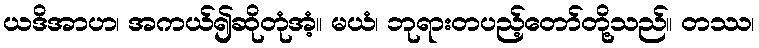
ယဒိအာဟ၊ အကယ်၍ဆိုတုံအံ့။ မယံ၊ ဘုရားတပည့်တော်တို့သည်။ တဿ၊